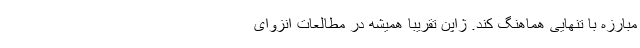
مبارزه با تنهایی هماهنگ کند. ژاپن تقریبا همیشه در مطالعات انزوای